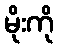
မိုးကို